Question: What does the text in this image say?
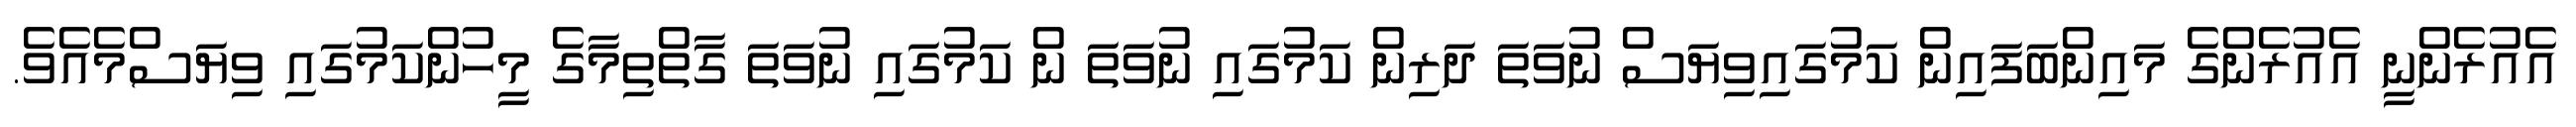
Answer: އެއުރެންނީ އެއުރެންގެ މައިންބަފައިން ކަމުގައިވިޔަސް ނުވަތަ ދަރިން ކަމުގައި ނުވަތަ ން ކަމުގައި ނުވަތަ ގާތްތިމާގެ މީހުންކަމުގައި ވިޔަސްމެއެވެ.